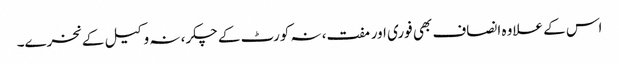
اس کے علاوہ انصاف بھی فوری اور مفت، نہ کورٹ کے چکر، نہ وکیل کے نخرے۔